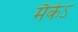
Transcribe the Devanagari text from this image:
मैकेऽ